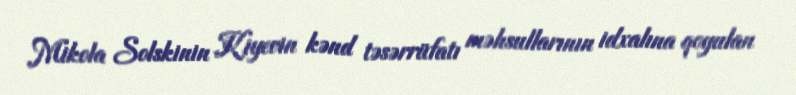
Mikola Solskinin Kiyevin kənd təsərrüfatı məhsullarının idxalına qoyulan